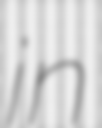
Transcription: in